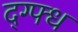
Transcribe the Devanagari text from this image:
द्ग्फ्ध